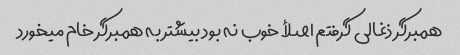
همبرگر ذغالی گرفتم اصلأ خوب نه بود بیشتر به همبرگر خام میخورد